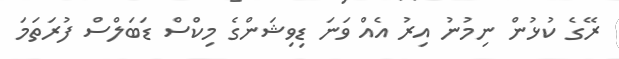
ރޭގެ ކުޅުން ނިމުނު އިރު އެއް ވަނަ ޑިވިޝަންގެ މިކްސް ޑަބަލްސް ފުރަތަމަ